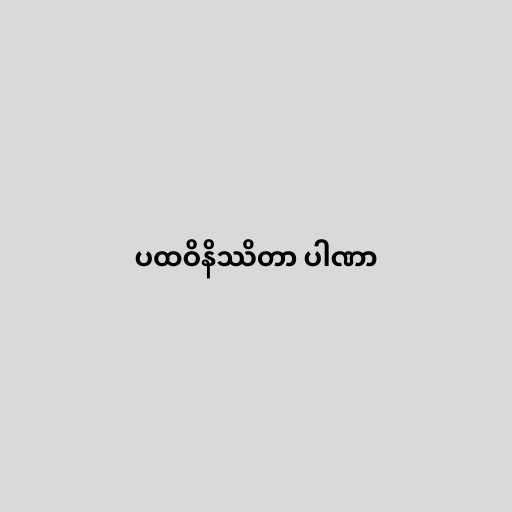
ပထဝိနိဿိတာ ပါဏာ